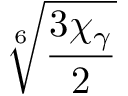
\sqrt [ 6 ] { \frac { 3 \chi _ { \gamma } } { 2 } }